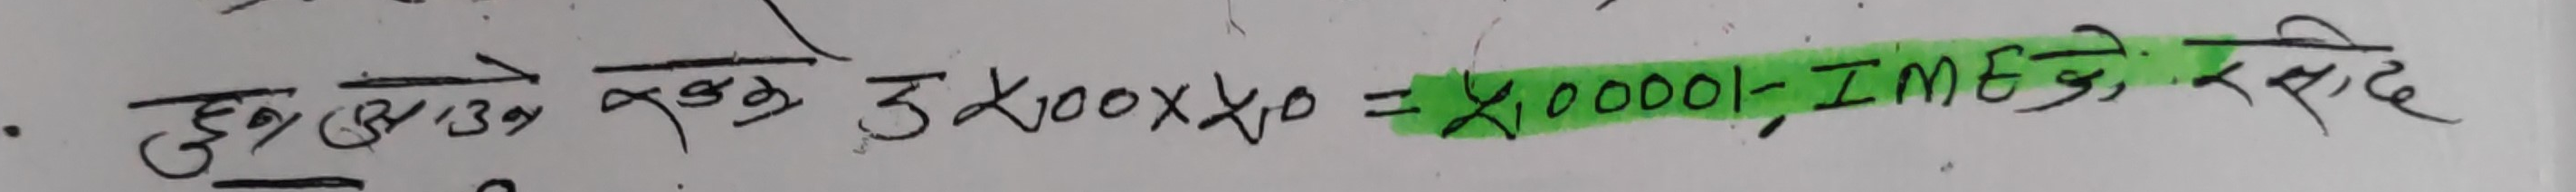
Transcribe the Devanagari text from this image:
हुन् अमुक प्रसुख 3 x 100 x 40 = X 10000 - IMEI चेकिङ रसीद